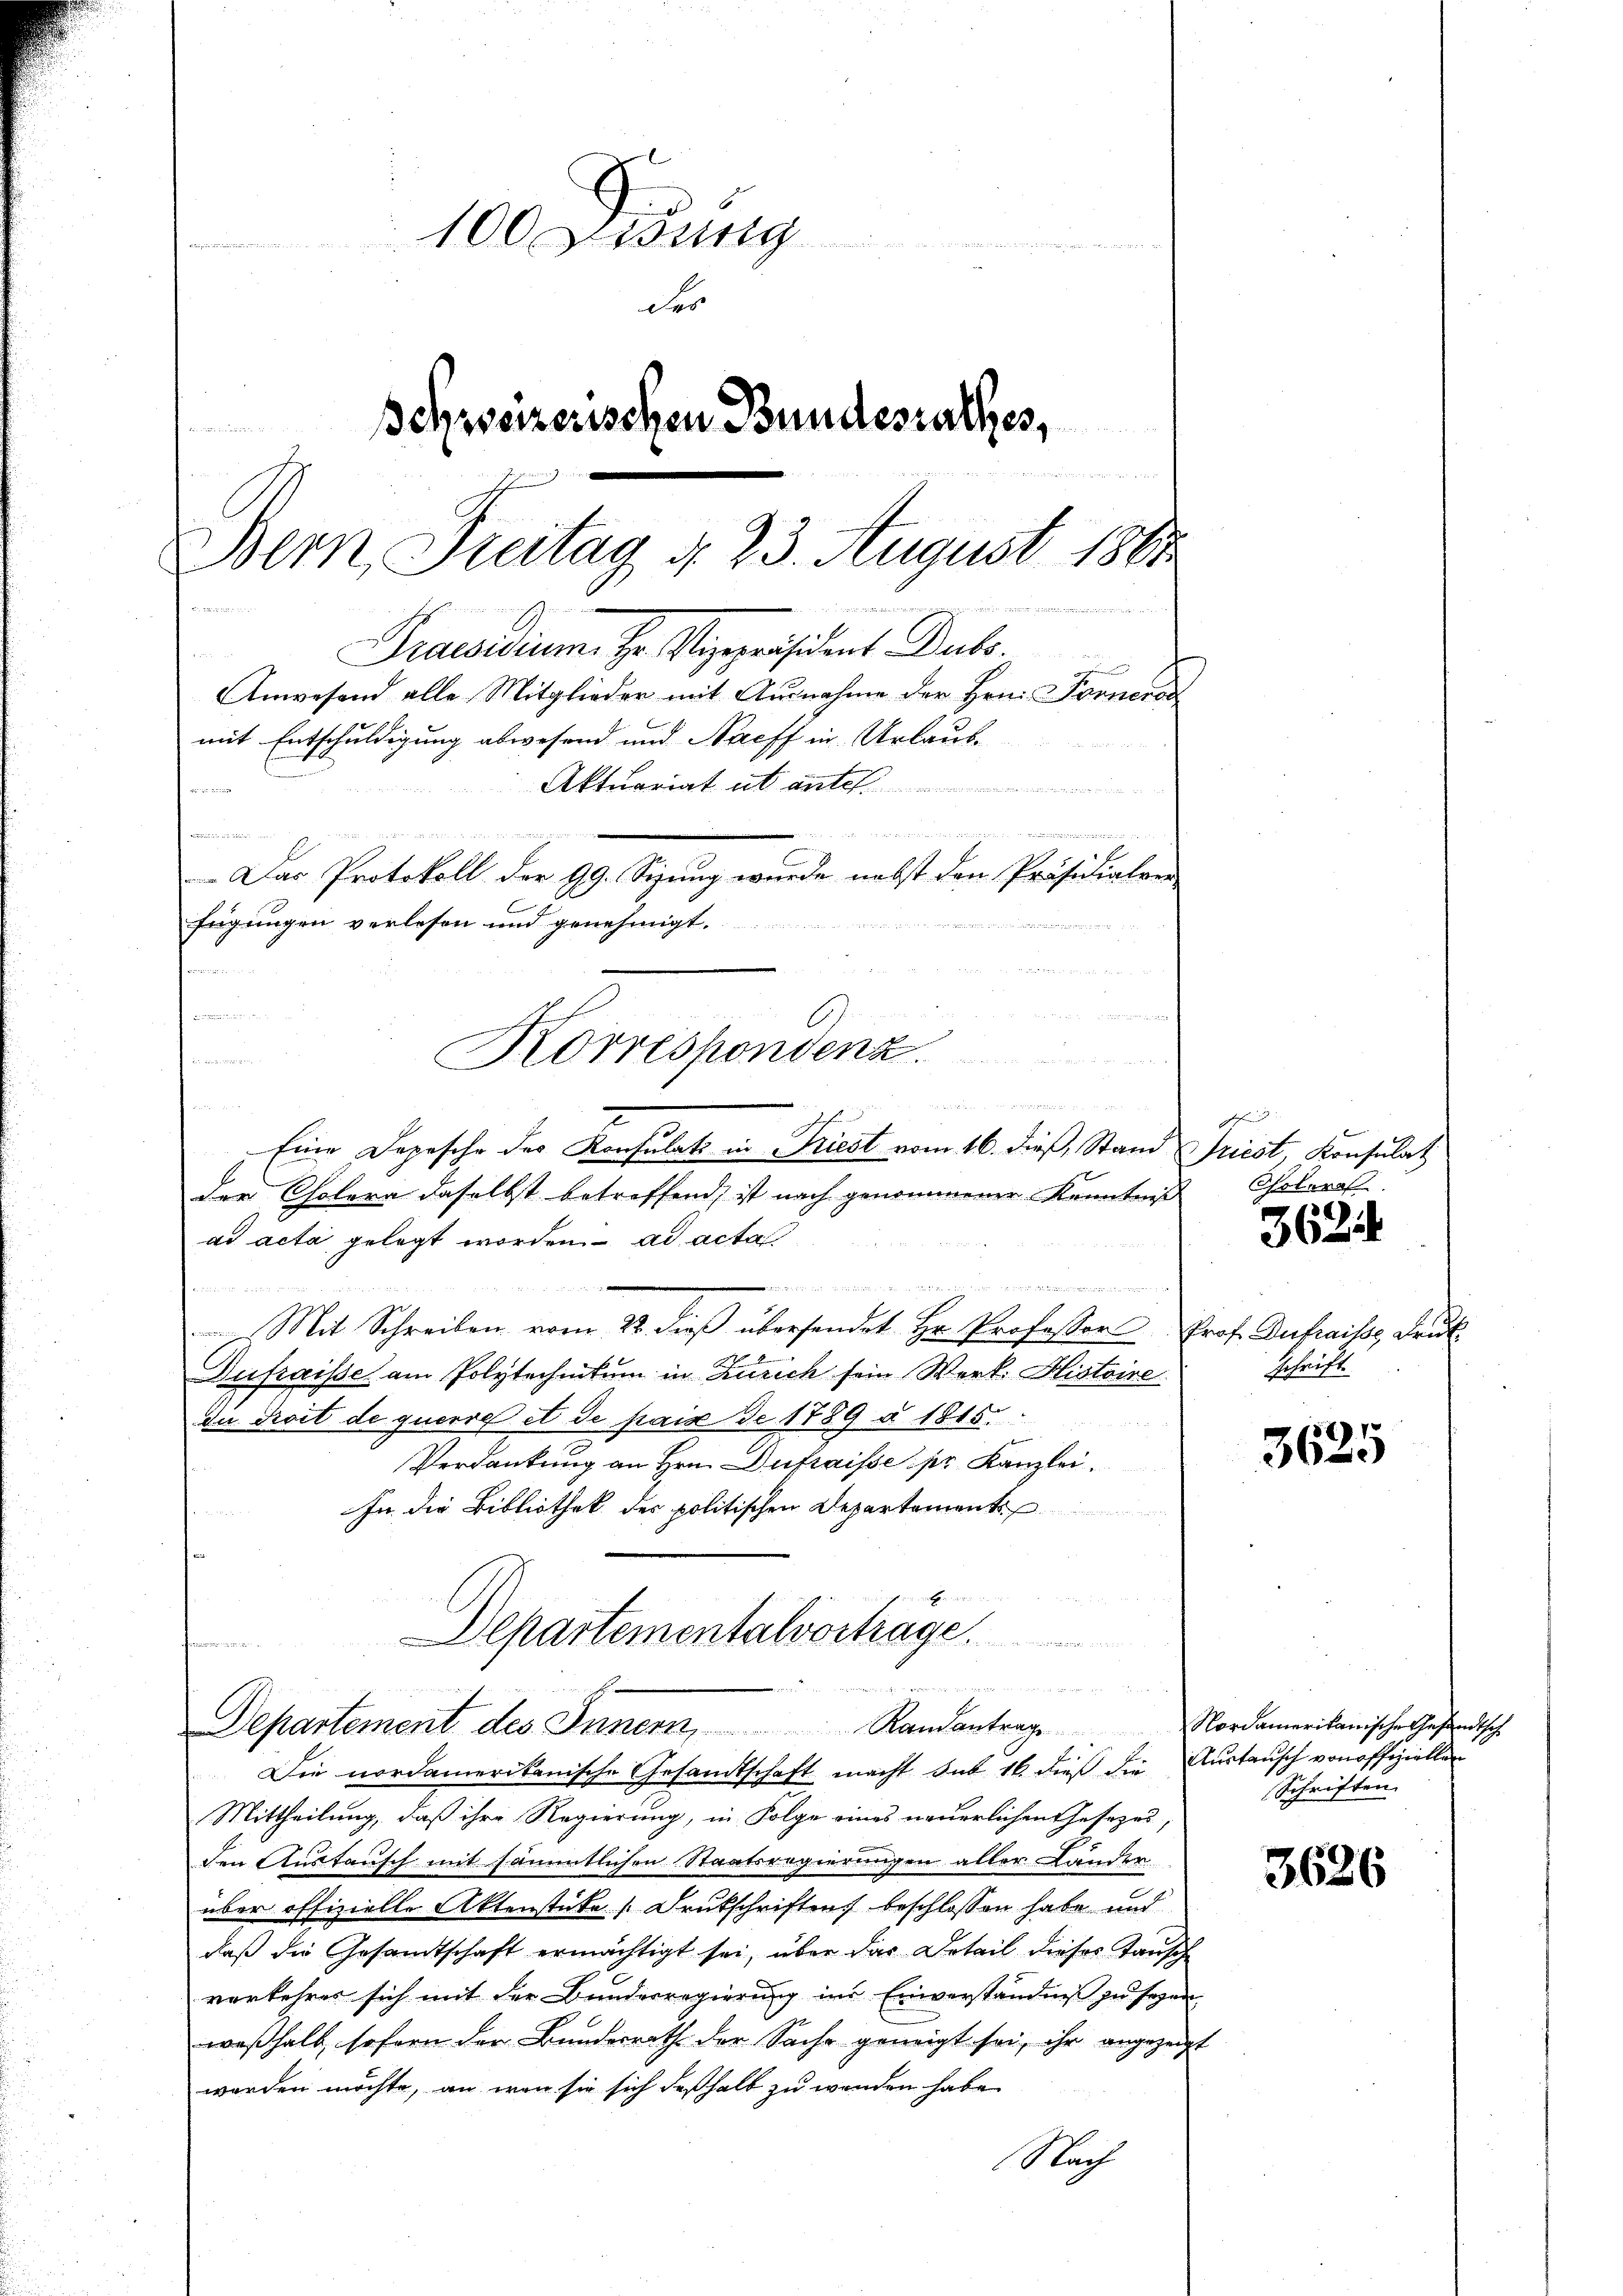
100 Didung
d
der
schweizerischen Bundesrathes,
et und des biete de
Bern, Freitag d. 23. August 1888

Praesidium. Hr. Vizepräsident Dubs.

Anwesend alle Mitglieder mit Ausnahme der Hrn. Fornerod
mit Entschuldigung abwesend und Nacff in Urlaub-
Aktuariat ab ante

n
Das Protokoll der 99. Sizung wurde nebst den Präsidialver
fügungen verlesen und genehmigt.
v

Korrespondenz.

Eine Depesche der Konsulati in Friest vom 16. dieß, Stand Triest, Konsulat
der Cholera daselbst betreffend ist nach genommener Kenntniß
ad acta gelegt worden ad acta
e
Mit Schreiben vom 22. dieβ übersendet Hr. Professor Prof. Dukraisse Druck
Dufraisse am Polytechnikum in Zürich sein Werk Histoire
du Kroit de querre et de paix de 1789 § 1815.
Verdankung an Hrn. Dukraisse pr. Kanzlei
In die Bibliothek der politischen Departement

Mittheilung, daß ihre Regierung, in Folge eines neuerlichen Gesezes,
den Austausch mit sämmtlichen Staatsregierungen aller Ländere
über offizielle Aktenstücke (Drukschriften beschlossen habe und
daß die Gesamtschaft ermächtigt sei, über das Detail dieses Tausche
vorkehres sich mit der Bundesregierung im Einverständniß zu seyen,
weßhalb, soforn der Bundesrath der Sache geneigt sei, ihr angezeigt
worden möchte, an war sie sich deßhalb zu wenden habe
Nach

n

Departementalvortrage
 gemeinen

F
Departement des Innern, Randantrage Nordamerikanische Gesandtsch
Die nordamerikanische Gesandtschaft macht sub 16 dieß die Austausch von offiziellen

Choleral

3624

schrift

57. 1
3650

Schriften.

3626